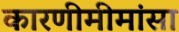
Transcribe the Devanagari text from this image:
कारणीमीमांसा